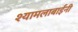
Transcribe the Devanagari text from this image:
श्यामलाबाईंनी